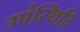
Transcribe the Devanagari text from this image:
उप॑स्थिति